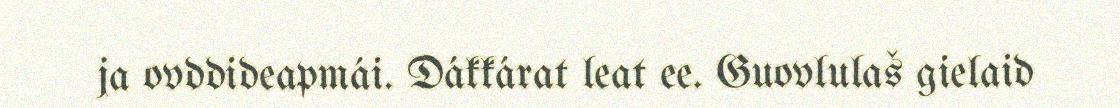
ja ovddideapmái. Dákkárat leat ee. Guovlulaš gielaid